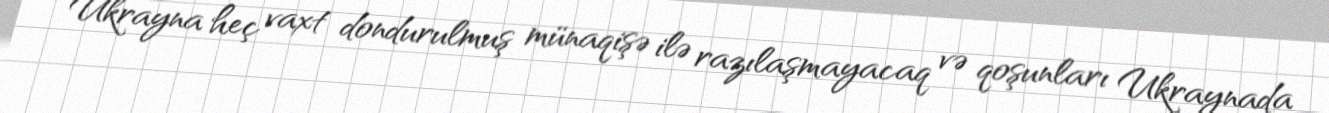
Ukrayna heç vaxt dondurulmuş münaqişə ilə razılaşmayacaq və qoşunları Ukraynada